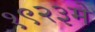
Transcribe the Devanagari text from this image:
१९२३मे